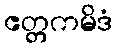
ဧတ္တကမိဒံ